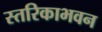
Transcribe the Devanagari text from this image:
स्तरिकाभवन